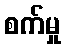
စက်မှု